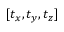
[ t _ { x } , t _ { y } , t _ { z } ]